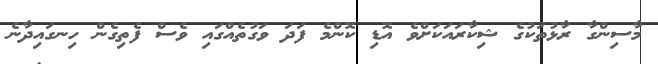
މާސިންގާ ރާޅުތަކުގެ ޝިކާރައަކަށްވެ އޮޑި ކޮންމެ ފަދަ ވަގުތެއްގައި ވެސް ފެތިގެން ހިނގައިދާނެ